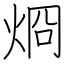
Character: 烱